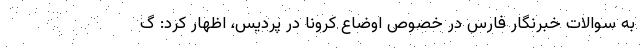
به سوالات خبرنگار فارس در خصوص اوضاع کرونا در پردیس، اظهار کرد: گ